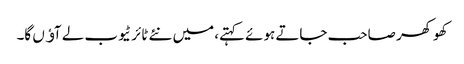
کھوکھر صاحب جاتے ہوئے کہتے، میں نئے ٹائر ٹیوب لے آﺅں گا۔